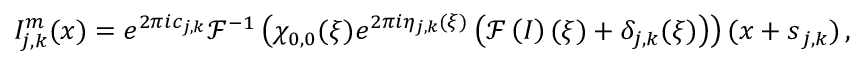
I _ { j , k } ^ { m } ( \boldsymbol { x } ) = e ^ { 2 \pi i c _ { j , k } } \mathcal { F } ^ { - 1 } \left( \chi _ { 0 , 0 } ( \boldsymbol { \xi } ) e ^ { 2 \pi i \eta _ { j , k } ( \boldsymbol { \xi } ) } \left( \mathcal { F } \left( I \right) ( \boldsymbol { \xi } ) + \delta _ { j , k } ( \boldsymbol { \xi } ) \right) \right) ( \boldsymbol { x } + \boldsymbol { s } _ { j , k } ) \, ,